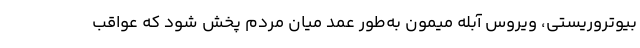
بیوتروریستی، ویروس آبله میمون به‌طور عمد میان مردم پخش شود که عواقب